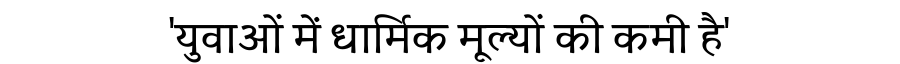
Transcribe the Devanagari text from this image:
'युवाओं में धार्मिक मूल्यों की कमी है'